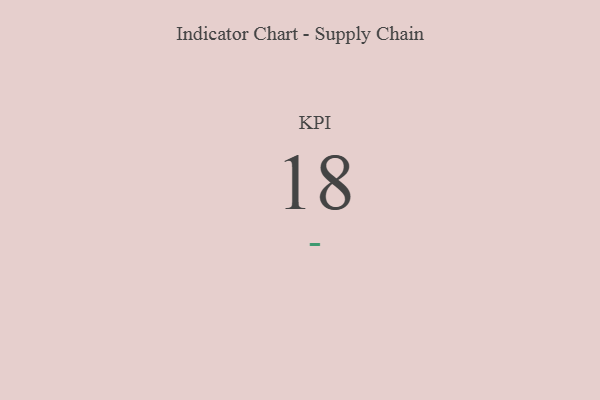
{"axis": {"x": "KPI", "y": "Value"}, "legend": [""], "data": [{"x": "KPI", "y": 18, "type": ""}]}